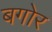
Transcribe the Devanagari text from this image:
बगोर